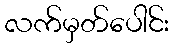
လက်မှတ်ပေါင်း